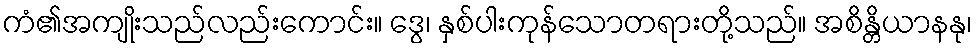
ကံ၏အကျိုးသည်လည်းကောင်း။ ဒွေ၊ နှစ်ပါးကုန်သောတရားတို့သည်။ အစိန္တိယာနနု၊